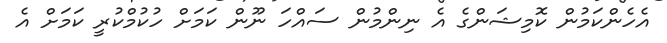
އެހެންކަމުން ކޮމިޝަންގެ އެ ނިންމުން ސައްހަ ނޫން ކަމަށް ހުކުމްކުރީ ކަމަށް އެ